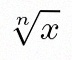
\sqrt[n]{x}